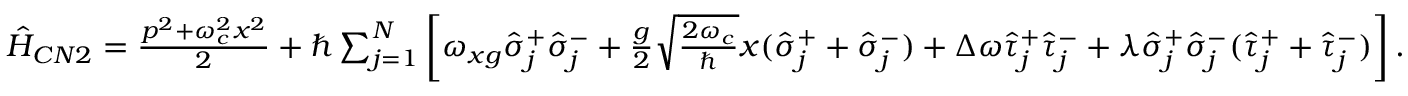
\begin{array} { r } { \hat { H } _ { C N 2 } = \frac { p ^ { 2 } + \omega _ { c } ^ { 2 } x ^ { 2 } } { 2 } + \hbar \sum _ { j = 1 } ^ { N } \left[ \omega _ { x g } \hat { \sigma } _ { j } ^ { + } \hat { \sigma } _ { j } ^ { - } + \frac { g } { 2 } \sqrt { \frac { 2 \omega _ { c } } { \hbar } } x ( \hat { \sigma } _ { j } ^ { + } + \hat { \sigma } _ { j } ^ { - } ) + \Delta \omega \hat { \tau } _ { j } ^ { + } \hat { \tau } _ { j } ^ { - } + \lambda \hat { \sigma } _ { j } ^ { + } \hat { \sigma } _ { j } ^ { - } ( \hat { \tau } _ { j } ^ { + } + \hat { \tau } _ { j } ^ { - } ) \right] . } \end{array}